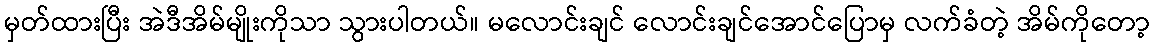
မှတ်ထားပြီး အဲဒီအိမ်မျိုးကိုသာ သွားပါတယ်။ မလောင်းချင် လောင်းချင်အောင်ပြောမှ လက်ခံတဲ့ အိမ်ကိုတော့